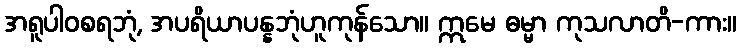
အရူပါဝစရဘုံ, အပရိယာပန္နဘုံဟူကုန်သော။ ဣမေ ဓမ္မာ ကုသလာတိ-ကား။